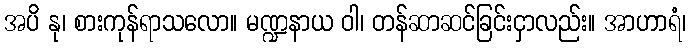
အပိ နု၊ စားကုန်ရာသလော။ မဏ္ဍနာယ ဝါ၊ တန်ဆာဆင်ခြင်းငှာလည်း။ အာဟာရံ၊